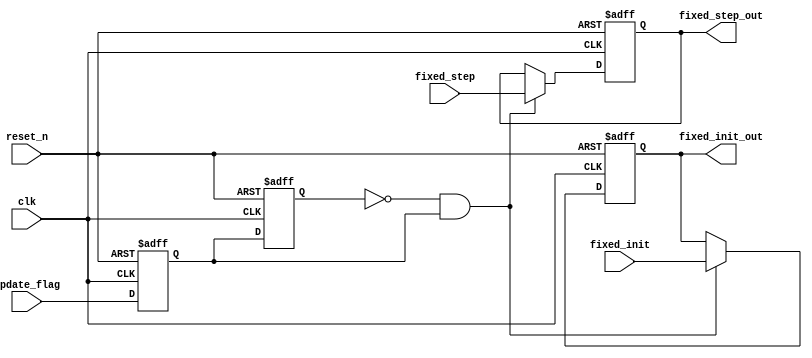
module FixedSetCon(
					input clk,
					input reset_n,
					
					input update_flag,
					
					input [7 : 0] fixed_init,
					input [7 : 0] fixed_step,
					
					output reg [7 : 0] fixed_init_out,
					output reg [7 : 0] fixed_step_out 
					);
	reg flag_reg0;
	reg flag_reg1;
	
	always @ (posedge clk or negedge reset_n)
	begin
		if (!reset_n)
		begin
			flag_reg0 <= 1'b0;
			flag_reg1 <= 1'b0;
		end
		else
		begin
			flag_reg0 <= update_flag;
			flag_reg1 <= flag_reg0;
		end
	end 
	
	always @ (posedge clk or negedge reset_n)
	begin
		if (!reset_n)
		begin			
			fixed_init_out <= 8'd0;
			fixed_step_out <= 8'd0;
		end
		else if (!flag_reg1&flag_reg0)
		begin
			fixed_init_out <= fixed_init;
			fixed_step_out <= fixed_step;
		end
	end 
endmodule